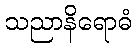
သညာနိရောဓံ